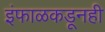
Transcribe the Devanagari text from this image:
इंफाळकडूनही